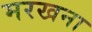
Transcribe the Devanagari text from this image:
मरखना